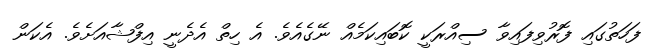
ފަހަތުގައި ފޮރުވިފައިވާ ސިއްރަކީ ކޮބައިކަމެއް ނޭގެއެވެ. އެ ހިތް އެދެނީ އިފްޝާއަށެވެ. އެކަން